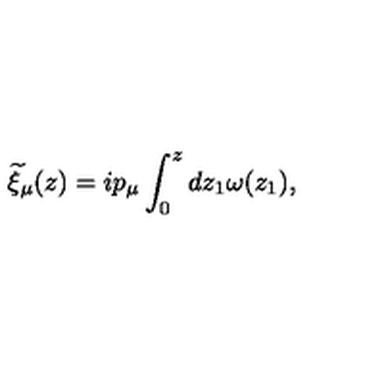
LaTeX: { \widetilde \xi } _ { \mu } ( z ) = i p _ { \mu } \int _ { 0 } ^ { z } d z _ { 1 } \omega ( z _ { 1 } ) ,